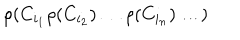
LaTeX: \rho ( C _ { i _ { 1 } } \rho ( C _ { i _ { 2 } } ) \dots \rho ( C _ { i _ { n } } ) \dots )